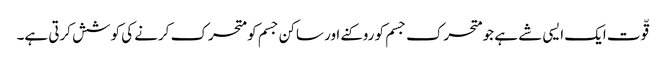
قّوت ایک ایسی شے ہے جو متحرک جسم کو روکنے اور ساکن جسم کو متحرک کرنے کی کوشش کرتی ہے۔